Vital statistics of India. Vol. IV, Annual returns from 1871 to 1876. British Army of India, Native Army and jails of Bengal
Year: 1871
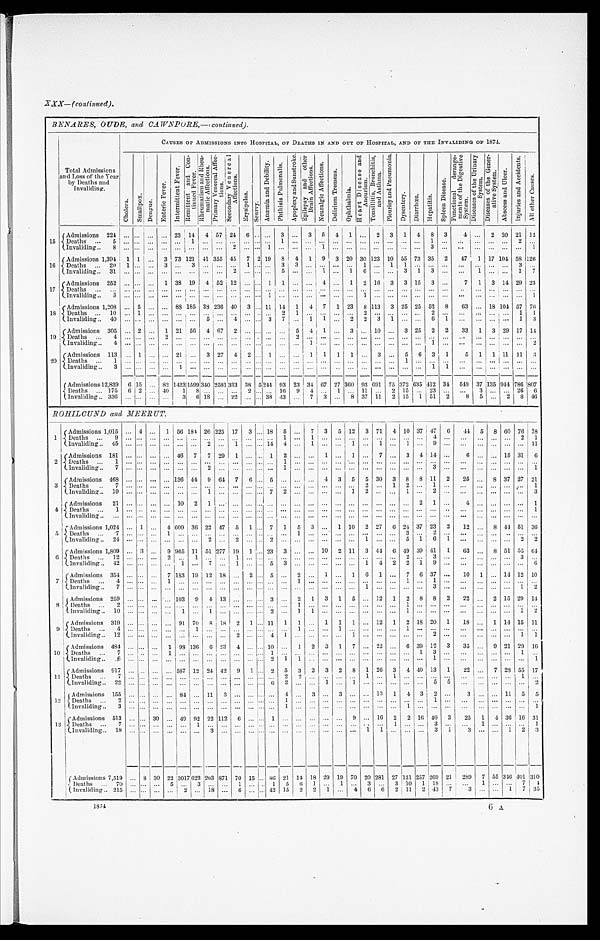
XXX— (continued).
BENARES, OUDE, and CAWNPORE,—(continued.).
Total Admissions
and Loss of the Year
by Deaths and
Invaliding.
CAUSES OF ADMISSIONS INTO HOSPITAL, OF DEATHS IN AND OUT OF HOSPITAL, AND OF THE INVALIDING OF 1874.
Chol er a.
S m a l l p o x .
D e n g u e .
E n t e r i c F e v e r .
I n t e r m i t t e n t F e v e r .
R e m i t t e n t a n d C o n - t i n u e d F e v e r .
R h e u m a t i s m a n d R h e u m a t i c A f f e c t i o n s .
Pr i ma r y Ve n e r a l Af f e c t i o n s .
S e c o n d a r y V e n e r e a l A f f e c t i o n s .
E r y s i p e l a s .
S c u r v y .
A n æ m i a a n d D e b i l i t y .
P h t h i s i s P u l m o n a l i s .
A p o p l e x y a n d S u n s t r o k e . E p i l e p s y a n d o t h e r B r a i n A f f e c t i o n s .
N e u r a l g i c A f f e c t i o n s .
D e l i r i u m T r e m e n s .
O p h t h a l m i a .
H e a r t D i s e a s e a n d A n e u r i s m .
T o n s i l l i t i s , B r o n c h i t i s , a n d A s t h m a .
P l e u r i s y a n d P n e u m o n i a .
D y s e n t e r y .
D i a r r h œ a .
H e p a t i t i s .
S p l e e n Di s e a s e .
F u n c t i o n a l d e r a n g e - m e n t s o f t h e D i g e s t i v e S y s t e m .
D i s e a s e s o f t h e U r i n a r y S y s t e m .
Di s e a s e s o f t h e Ge n e r - a t i v e S y s t e m.
A b s c e s s a n d U l c e r .
I n j u r i e s a n d A c c i d e n t s .
A l l o t h e r C a u s e s .
1 5 Admissions . . . 224
. . .
. . .
. . .
. . . 23 14
4 57 24
6
. . . . . .
3
. . . 3
5
4
1
. . .
2
3
1
4
8
3
4
. . . 2 20 21 12
D e a t h s . . .
5
. . .
. . .
. . .
. . .. . .
1
. . .
. . .
. . .
. . . . . .
. . .
1
. . .
. . .
. . .
. . .
. . .
. . .
. . .
. . .
. . .
. . .
1
. . . . . .
. . .
. . .
. . .
2
. . .
I n v a l i d i n g . . .
8
. . .
. . .
. . .
. . .. . .
. . .
. . .
. . .
2
. . . . . .
1
. . .
. . .
. . .
1
. . .
. . .
. . .
. . .
. . .
. . . . . .
3
. . . . . .
. . . . . .
. . .
. . .
1
16
Admissions . . . 1,394
1 1
. . . 3 73
1 2 1 41 355 45
7 2 19
8
4
1
9
3 20 30 123 10 55 73 35
2
47
1 17 104
5 8 126
Deaths
. . . 20
1
. . .
. . . 3 . . .
3
. . .
. . .
. . .
1 . . .
. . .
3
3
. . .
. . .
. . .
. . .
1
. . .
1
1
. . .
. . .
. . . . . .
. . .
. . .
. . .
3
. . .
Invaliding . . .
31
. . .
. . .
. . .
. . . . . .
. . .
. . .
. . .
2
. . . . . .
. . .
5
. . .
. . .
1
. . .
1
6
. . .
. . .
3
1
3
. . . . . .
1
. . .
. . .
1
7
17
A d m i s s i o n s . . . 252
. . .
. . .
. . . 1 38 19
4 52 12
. . . . . .
1 1
. . .
. . .
4 . . .
1
2 16
3
3 15
3
. . .
7
1
3 14 29 23
D e a t h s . . .
. . .
. . .
. . .
. . .
. . . . . .
. . .
. . .
. . .
. . .
. . . . . . . . .
. . .
. . .
. . .
. . .
. . .
. . .
. . .
. . .
. . .
. . . . . .
. . .
. . .
. . .
. . .
. . .
. . .
. . .
. . .
I n v a l i d i n g . . .
3
. . .
. . .
. . .
. . .. . .
. . .
. . .
. . .
. . .
. . . . . .
1
. . .
. . .
. . .
. . .
. . .
. . .
1
. . .
. . .
. . .
. . .
. . .
. . . . . .
. . .
. . .
. . .
. . .
1
18
Admissions . . . 1,208
. . . 5
. . .
. . . 88 185 38 236 40
3
. . . 11 14
1
4
7
1 23
8 113
3 25 25 52
8
63
. . . 18 104 57 76
Deaths . . .
10
. . . 1
. . .
. . . . . .
. . .
. . .
. . .
. . .
. . . . . . . . .
2
1
. . .
. . .
. . .
. . . 2
. . .
. . .
. . . . . .
2
. . .
. . .
. . .
. . .
. . . 1
1
Invaliding . . .
40
. . .
. . .
. . .
. . . . . .
. . . 5
. . .
4
. . . . . . 3
7
. . . 1
1
. . .
2
2
3
1
. . .
. . . 6
1
. . .
. . .
. . .
. . .
1
3
19
A d m i s s i o n s . . . 305
. . . 2
. . . 1 21 56
4 67
2
. . . . . .
. . .
. . . 5
4
1
. . .
3
. . . 10
. . . 3 25
2
2
33
1
3 29 17 14
D e a t h s . . .
4
. . . . . .
. . .
. . . 2 . . .
. . .
. . .
. . .
. . .
. . . . . .
. . .
. . .
2
. . .
. . .
. . .
. . .
. . .
. . .
. . .
. . .
. . .
. . .
. . . . . .
. . .
. . .
. . .
. . .
. . .
Invaliding . . .
4
. . .
. . .
. . .
. . .. . .
. . .
. . .
. . .
. . .
. . . . . .
. . .
. . .
. . .
1
. . .
. . .
. . .
. . .
. . .
. . .
. . .
. . .
1
. . . . . .
. . .
. . .
. . .
. . .
2
20
Admissions . . . 113
. . . 1
. . .
. . . 21
. . . 3 27
4
2
. . .
1
. . .
. . .
1
1
1
1
. . . 3
. . . 5
6
3 1
5
1
1 11
11
3
Deaths
. . .
1
. . .
. . .
. . .
. . . . . .
. . .
. . .
. . .
. . .
. . . . . .
. . .
. . .
. . .
. . .
. . .
. . .
. . .
. . .
. . .
. . .
1
. . .
. . .
. . .. . .
. . .
. . .
. . .
. . .
. . .
I n v a l i d i n g . . .
3
. . .
. . .
. . .
. . .1
. . .
. . .
. . .
. . .
. . . . . .
. . .
. . .
. . .
. . .
. . .
. . .
. . .
. . .
. . .
. . .
. . .
. . . 1
1
. . .
. . .
. . .
. . .
. . .
. . .
Admissions . . . 12,839
6 15
. . . 82 1423
1 5 9 9 340 2581 333 38 5 244 93 23 34 67 27 360 93 691 75 372 635 412 34
548 37 135 944 786 807
Deaths . . . 175
6 2
. . . 40
1
8
. . .
. . .
. . . 2
. . .
. . . 16
9
4
. . . 1
. . . 11
. . . 2 15
. . . 23
. . .
. . .
3
. . .
. . . 26
6
Invaliding . . . 336
. . .
. . .
. . .
. . .
3
6 18
. . . 22
. . . . . . 38 43
. . . 7
3
. . .
8 37 11
2 15
1 51
2
8
5
. . . 2
8 46
ROHILCUND and MEERUT.
1 Admissions . . . 1,015
. . . 4 . . .
1 56 184 26 225 17
3
. . . 18
5
. . .
7
3
5 12
3 71
4 10 37 47
6
4 4 5
8 60 76 78
D e a t h s . . .
9
. . .. . . . . .
. . .
. . .
. . .
. . .
. . .
. . .
. . . . . . . . .
1 . . .
1
. . .
. . . . . .
. . .
. . .
. . .
. . .
. . .
4
. . . . . .
. . .
. . .
. . . 2
1
Invaliding . . . 45
. . . . . . . . .
. . .
. . .
. . .
2
. . .
1
. . . . . . 14
4 . . .
1
. . .
. . . 1
. . .
1
. . .
1
. . .
9
. . .
. . .
. . .
. . .
. . .
. . . 11
2
Admissions . . . 181
. . . . . . . . .
. . . 46
7
7 29
1
. . . . . . 1
2
. . .
. . . 1
. . . 1
. . .
7
. . . 3
4 14
. . .
6
. . .
. . . 15 31
6
D e a t h s . . .
1
. . .. . . . . .
. . .
. . .
. . .
. . .
. . .
. . .
. . . . . . . . .
1 . . .
. . .
. . .
. . .
. . .
. . .
. . .
. . .
. . .
. . .
. . .
. . .
. . .
. . . . . .
. . .
. . .
. . .
I n v a l i d i n g . . .
7
. . .. . . . . .
. . .
. . .
. . .
2
. . .
. . .
. . . . . . . . .
1 . . .
. . .
. . .
. . .
. . .
. . .
. . .
. . .
. . .
. . .
3
. . . . . .
. . .
. . .
. . .
. . .
1
3
Admissions . . . 468
. . . . . . . . .
. . . 136 44
9 64
7
6
. . . 5
. . .
. . .
. . . 4
3
5
5 30
3
8
8 11
2
25
. . . 8 37 27 21
D e a t h s . . .
7
. . .. . . . . .
. . .
. . .
. . .
. . .
. . .
. . .
. . . . . . . . .
. . .. . .
. . .
. . .
. . .
. . .
2
. . .
1
2
. . .
1
. . . . . .
. . .
. . .
. . .
. . . 1
I n v a l i d i n g . . .
1 9
. . .. . . . . .
. . .
. . .
. . .
1
. . .
. . .
. . . . . . 7
2 . . .
. . .
. . .
. . .
1
2
. . .
. . . 1
. . . 2
. . . . . .
. . .
. . .
. . .
. . .
3
4
Admissions. . .
2 1
. . .. . . . . .
. . .
1 0
2
1
. . .
. . .
. . . . . . . . .
. . .. . .
. . .
. . .
. . .
. . .
. . .
. . .
. . .
. . .
2
1
. . . 4
. . .
. . .
. . .
. . . 1
Deaths . . .
1
. . . . . .
. . .
. . .
. . .
. . .
. . .
. . .
. . .
. . .
. . . . . .
. . . . . .
. . .
. . .
. . .
. . .
. . .
. . .
. . .
. . .
. . .
. . .
. . .
. . .
. . . . . .
. . .
. . .
1
I n v a l i d i n g . . .
. . .
. . .. . .
. . .
. . .
. . .
. . .
. . .
. . .
. . .
. . . . . . . . .
. . . . . .
. . .
. . .
. . .
. . .
. . .
. . .
. . .
. . .
. . .
. . .
. . .
. . .
. . .
. . .
. . .
. . .
. . .
5 Admissions . . . 1,024
. . . 1
. . . 4 609 36 22 47
5
1
. . . 7
1
5
3
. . . 1 10
2 27
6 24 37 23
2
12
. . . 8
4 4 51 36
D e a t h s . . .
7
. . .. . .
. . .
1
. . .
. . .
. . .
. . .
. . .
. . . . . . . . .
. . . 1
. . .
. . .
. . .
. . .
. . .
. . .
. . .
3
. . .
2
. . . . . .
. . .
. . .
. . .
. . .
. . .
I n v a l i d i n g . . .
2 4
. . .. . .
. . .
. . .
. . .
. . .
2
. . .
2
. . . . . . 2
. . . . . .
. . .
. . .
. . .
. . .
1
. . .
. . .
5
1
6
1 . . .
. . .
. . .
. . .
2
2
6
Admissions . . . 1,809
. . . 3 . . .
9 965 11 51 277 19
1
. . . 23
3
. . .
. . . 10
2 11
3 44
6 49 39 41
1
63
. . . 8 51 55
6 4
Deaths . . .
12
. . . . . . . . .
2
. . . 1
. . .
. . . 1
. . . . . . . . .
. . . . . .
. . .
. . .
. . .
. . .
. . .
. . .
. . .
2
. . .
3
. . . . . .
. . .
. . .
. . .
3
. . .
I n v a l i d i n g . . .
4 2 . . . . . . . . .
. . .
1
. . .
7
. . .
1
. . . . . . 5
3 . . .
. . .
. . .
. . .
. . .
1
4
2
2
1
9
. . . . . .
. . .
. . .
. . .
. . . 6
7
Admissions . . . 354
. . . . . . . . .
7
1 8 3
19 12 18
. . .
2
. . . 5
. . .
2
. . .
1
. . . 1
6
1
. . . 7
6 37
. . .
10
1
. . . 14 12 10
Deaths
. . .
4
. . . . . . . . .
1
. . .
. . .
. . .
. . .
. . .
. . . . . . . . .
. . . 1
. . .
. . .
. . .
. . .
. . .
. . .
. . .
1
. . .
1
. . .. . .
. . .
. . .
. . .
. . .
. . .
Invaliding . . .
7
. . .. . . . . .
. . .
. . .
. . .
. . .
. . .
. . .
. . . . . . . . .
. . .
. . .
. . .
. . .
. . .
. . . 1
. . .
. . .
. . .
. . .
3
. . .. . .
. . .
. . .
. . .
1
2
8
Admissions . . . 259
. . . . . . . . .
. . . 103
9
4 13
. . .
. . .
. . . 3
. . . 2
1
3
1
5
. . . 12
1
2
8
8
2
22
. . . 2 15 29 14
Deaths . . .
2
. . .. . . . . .
. . .
. . .
. . .
. . .
. . .
. . .
. . . . . .
. . .
. . . 1
. . .
. . .
. . .
. . .
. . .
. . .
. . .
1
. . .
. . .
. . .
. . .
. . .
. . .
. . .
. . .
. . .
Invaliding . . .
10
. . . . . . . . .
. . .
1
. . .
1
. . .
. . .
. . . . . .
2
. . . 1
1
. . .
. . .
. . .
. . .
. . .
. . .
1
. . .
. . .
. . .
. . .
. . .
. . .
. . .
1
2
9
Admissions . . . 319
. . . . . . . . .
. . . 91 70
8 18
2
1
. . . 11
1
1
. . . 1
1
1
. . . 12
1
2
1 8 20
1
1 8
. . . 1 14 15 11
Deaths
. . .
4
. . . . . . . . .
. . .
. . .
1
. . .
. . .
. . .
. . . . . .
. . .
. . . 1
. . .
. . .
1
. . .
. . .
. . .
. . .
1
. . .
. . .
. . .
. . .
. . .
. . .
. . .
. . .
. . .
Invaliding . . .
12
. . . . . . . . .
. . .
. . .
. . .
. . .
. . . 2
. . . . . . 4
1 . . .
. . .
1
. . . 1
. . .
. . .
. . .
. . .
. . .
2
. . .
. . .
. . .
. . .
. . . 1
1
10
A d m i s s i o n s . . . 484
. . . . . . . . .
1 98 136
6 23
4
. . .
. . . 10
. . . 1
2
3
1
7
. . . 22
. . . 6 39 12
3
35
. . . 9 21 29 16
D e a t h s . . . e
7
. . .. . . . . .
1
. . .
. . .
. . .
. . .
. . .
. . . . . . 1
. . .. . .
. . .
. . .
. . .
. . .
. . .
. . .
. . .
. . .
1
3
. . .
. . .
. . .
. . .
. . .
1
. . .
I n v a l i d i n g . . .
6
. . .. . . . . .
. . .
. . .
. . .
. . .
. . .
. . .
. . . . . .
2
1 1
. . .
. . .
. . .
. . .
. . .
. . .
. . .
. . .
. . .
1
. . .
. . .
. . .
. . .
. . .
. . .
1
1 1
Admissions . . . 917
. . .. . . . . .
. . . 587 12 24 42
9
1
. . . 2
5
3
2
3
2
8
1 26 3
4 40 13
1
22
. . . 7 28 55 17
Deat hs . . .
7
. . . . . . . . .
. . .
. . .
. . .
. . .
. . .
. . .
. . . . . .
. . . 2
2
. . .
. . .
. . .
. . .
1
. . .
1
. . .
. . .
. . .
. . .
. . .
. . .
. . .
. . .
1
. . .
Invaliding . . .
22
. . . . . . . . .
. . .
. . .
. . .
. . .
. . .
. . .
. . . . . . 6
2
. . .
. . . 1
. . . 1
. . .
. . .
. . .
. . .
. . . 5
5
. . .
. . .
. . .
. . .
. . .
2
1 2
Admissions . . . 155
. . . . . . . . .
. . . 84
. . . 11
3
. . .
. . . . . .
. . .
4 . . .
3
. . .
3
. . .
. . .
1 3
1
4
3
2
. . .
3
. . .
. . . 11
5
5
D e a t h s . . .
2
. . .. . . . . .
. . .
. . .
. . .
. . .
. . .
. . .
. . . . . .
. . .
1 . . .
. . .
. . .
. . .
. . .
. . .
. . .
. . .
. . .
. . .
1
. . .
. . .
. . .
. . .
. . .
. . .
. . .
I n v a l i d i n g . . .
3
. . .. . . . . .
. . .
. . .
. . .
. . .
. . .
. . .
. . . . . .
. . .
1 . . .
. . .
. . .
. . .
. . .
. . .
. . .
. . .
1
. . .
. . .
. . .
. . .
. . .
. . .
. . .
. . . 1
1 3
Admissions . . . 513
. . .
. . . 30
. . . 49 92 22 112
6
. . . . . . 1
. . . . . .
. . .
. . .
. . . 9
. . . 16
2
2 16 40
3
25
1
4 36 16 31
D e a t h s . . .
7
. . .. . . . . .
. . .
. . .
1
. . .
. . .
. . .
. . . . . .
. . .
. . .. . .
. . .
. . .
. . .
. . .
. . .
. . .
1
. . .
. . .
3
. . .
. . .
1
. . .
. . .
. . .
1
Invaliding . . .
18
. . .
. . . . . .
. . .
. . .
. . .
3
. . .
. . .
. . . . . .
. . .
. . .. . .
. . .
. . .
. . .
. . .
1
1
. . .
. . .
. . .
3
1
3
. . .
. . . 1
2
3
Admissions . . . 7,519
. . . 8 30 22
3 0 1 7
622 203 871 70 15
. . . 86 21 14 18 29 19 70 20 281 27 121 257 269 21
289
7 55 346 401 310
Deaths . . .
70
. . . . . . . . .
5
. . . 3
. . .
. . . 1
. . .
. . . 1
5
6
1
. . . 1
. . . 3
. . . 3 10
1 18
. . .
. . .
1
. . .
. . .
7
4
Invaliding . . . 215
. . . . . .
. . .
. . .
2
. . . 18
. . . 6
. . .
. . . 42 15
2
2
1
. . .
4 6
6
2
1 1 2 43
7
3
. . .
. . . 1
7 35
1874
6 A